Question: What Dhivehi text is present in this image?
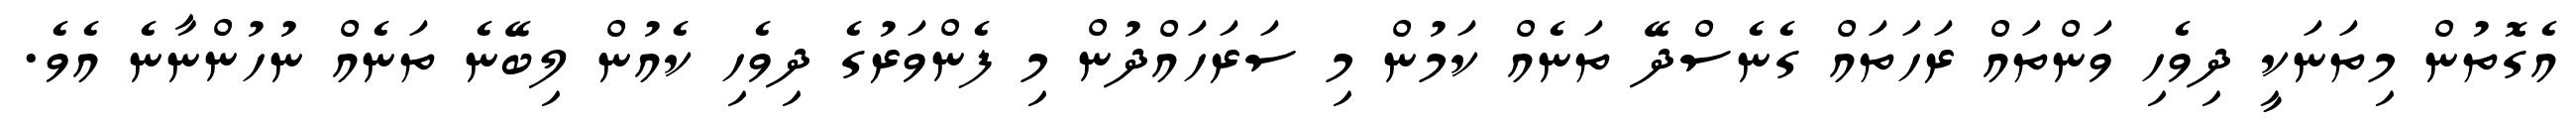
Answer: އެގޮތުން މިތަނަކީ ދިވެހި ވަންތައް ރަހަތައް ގެނެސްދޭ ތަނެއް ކަމުން މި ސަރަހައްދުން މި ފެންވަރުގެ ދިވެހި ކެއުން ލިބޭނެ ތަނެއް ނުހުންނާނެ އެވެ.